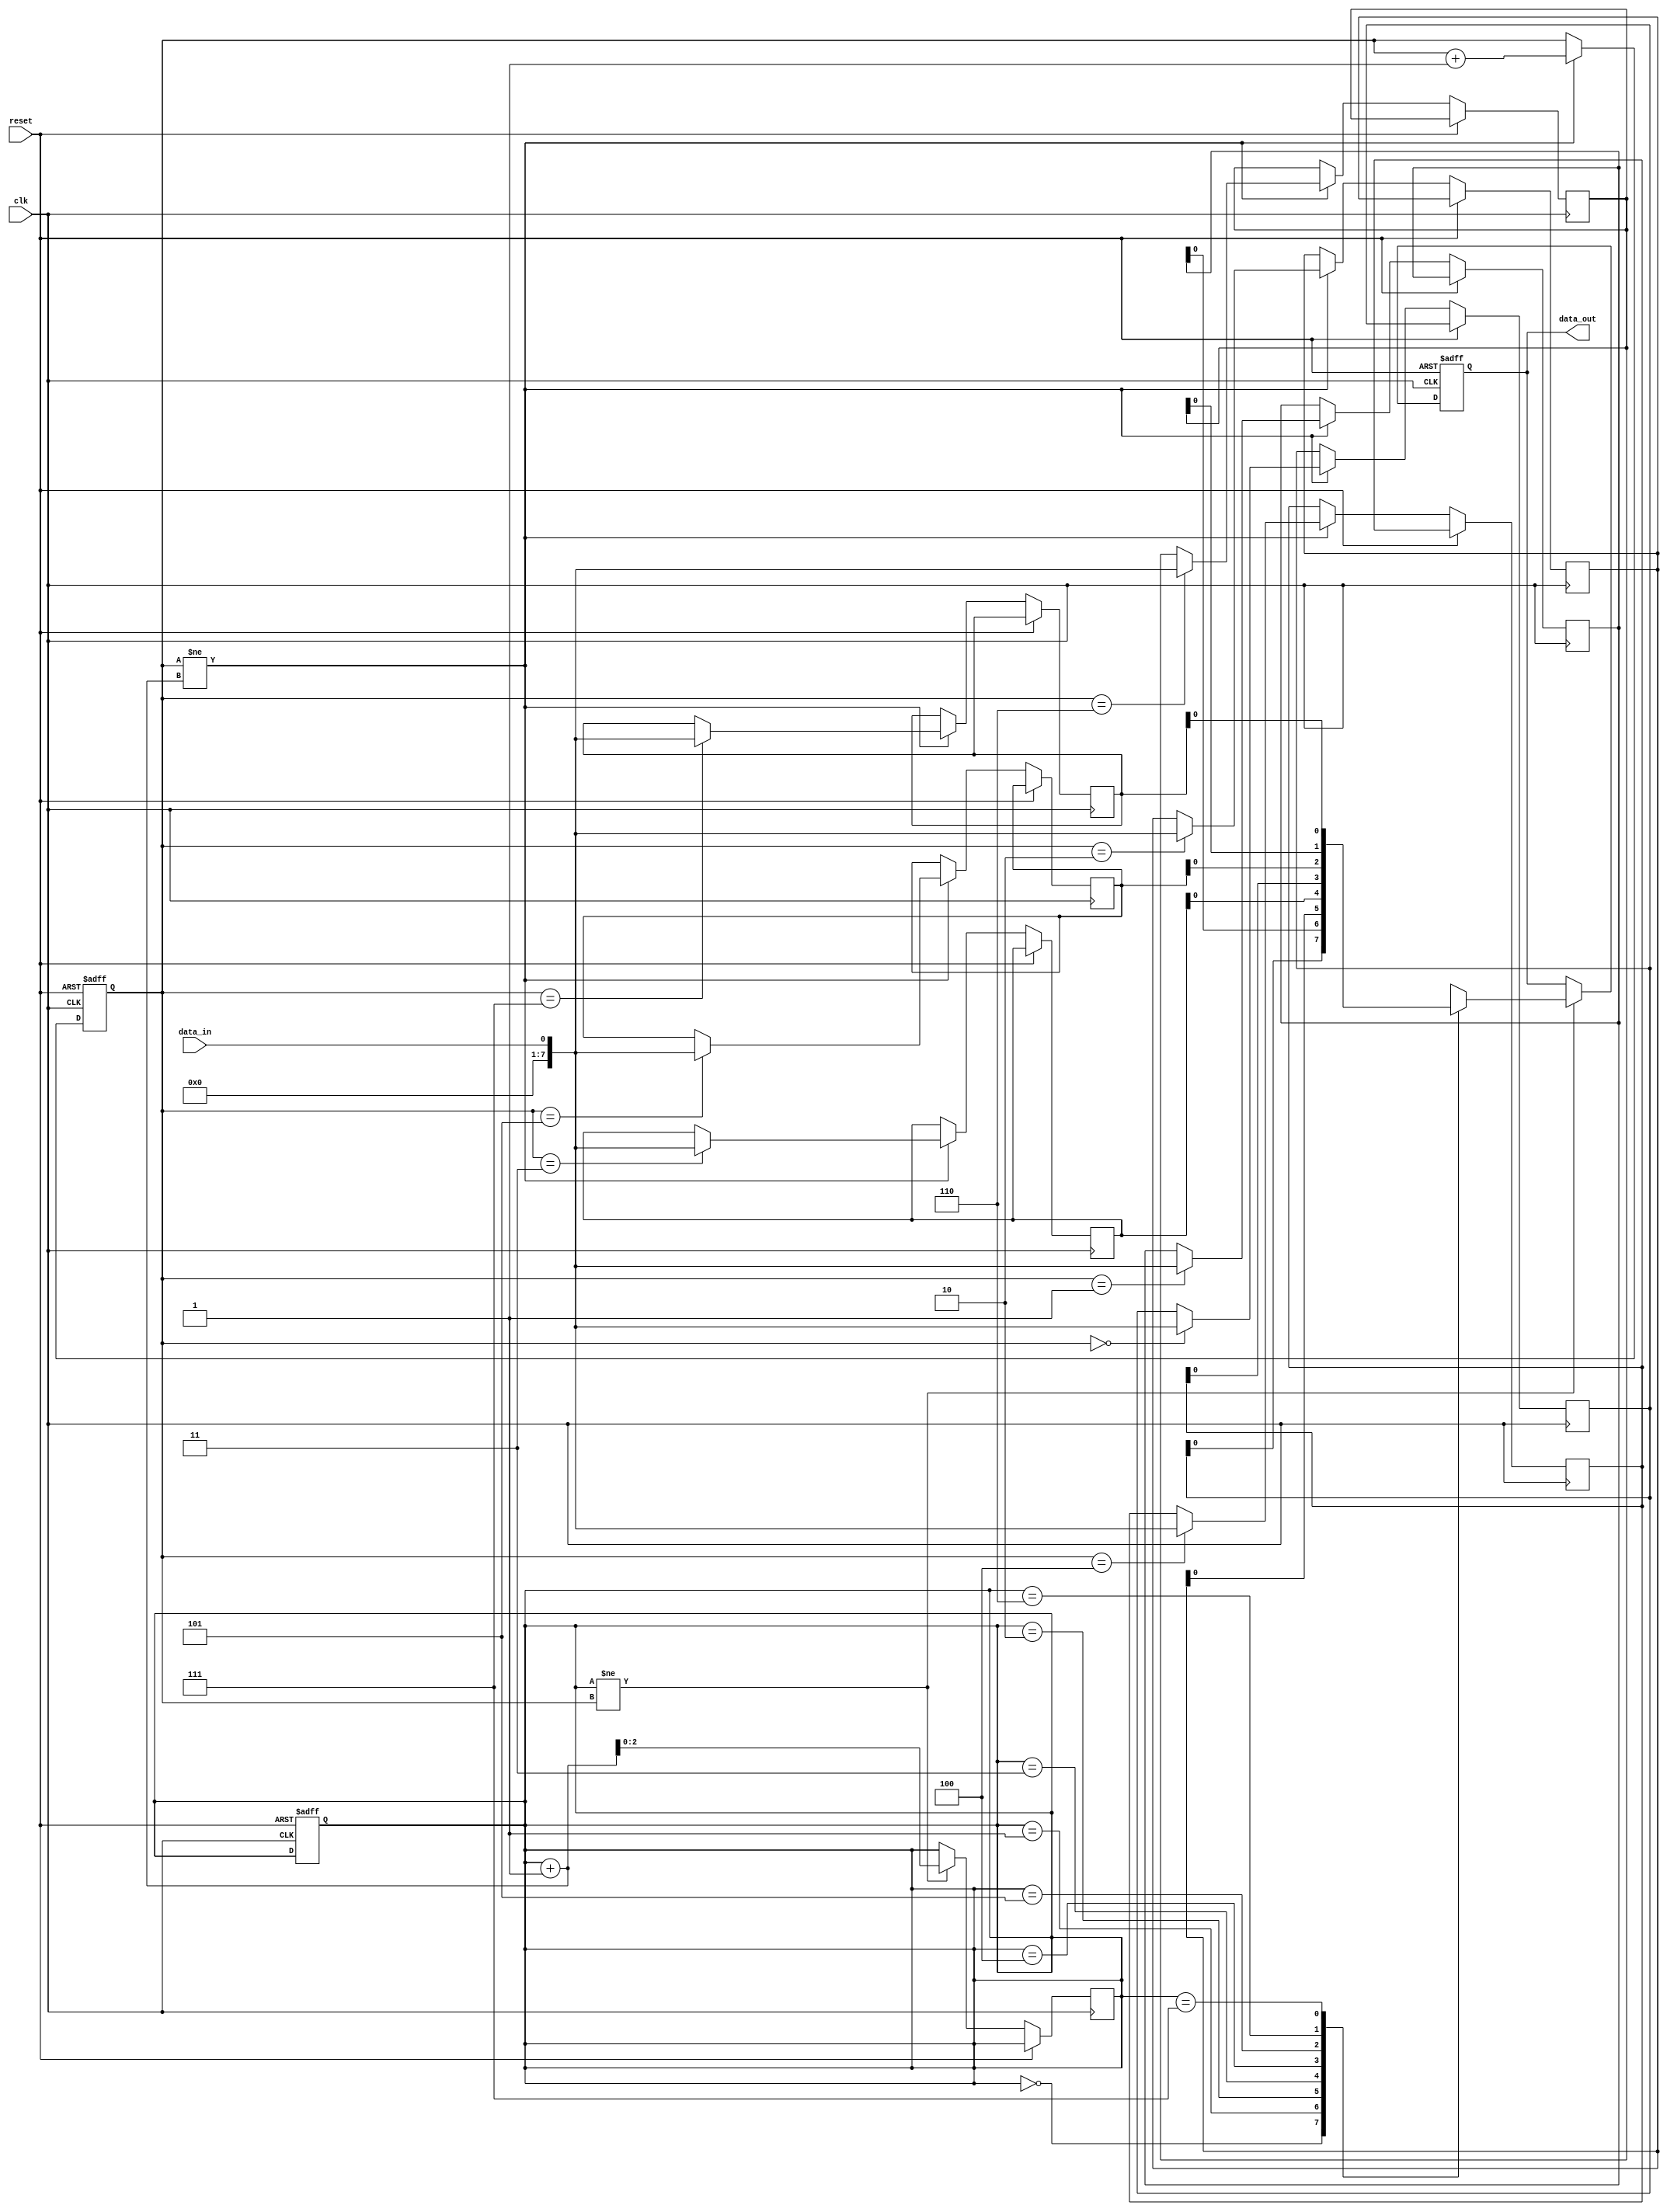
module First_Word_Fall_Through_FIFO (
  input wire clk,
  input wire reset,
  input wire data_in,
  output wire data_out
);

reg [7:0] fifo_buffer [0:7];
reg [2:0] read_ptr = 0;
reg [2:0] write_ptr = 0;

always @(posedge clk or posedge reset) begin
  if (reset) begin
    read_ptr <= 0;
    write_ptr <= 0;
  end else begin
    if (write_ptr != read_ptr + 1) begin
      fifo_buffer[write_ptr] <= data_in;
      write_ptr <= write_ptr + 1;
    end
  end
end

always @(posedge clk or posedge reset) begin
  if (reset) begin
    data_out <= 0;
  end else begin
    if (read_ptr != write_ptr) begin
      data_out <= fifo_buffer[read_ptr];
      read_ptr <= read_ptr + 1;
    end
  end
end

endmodule